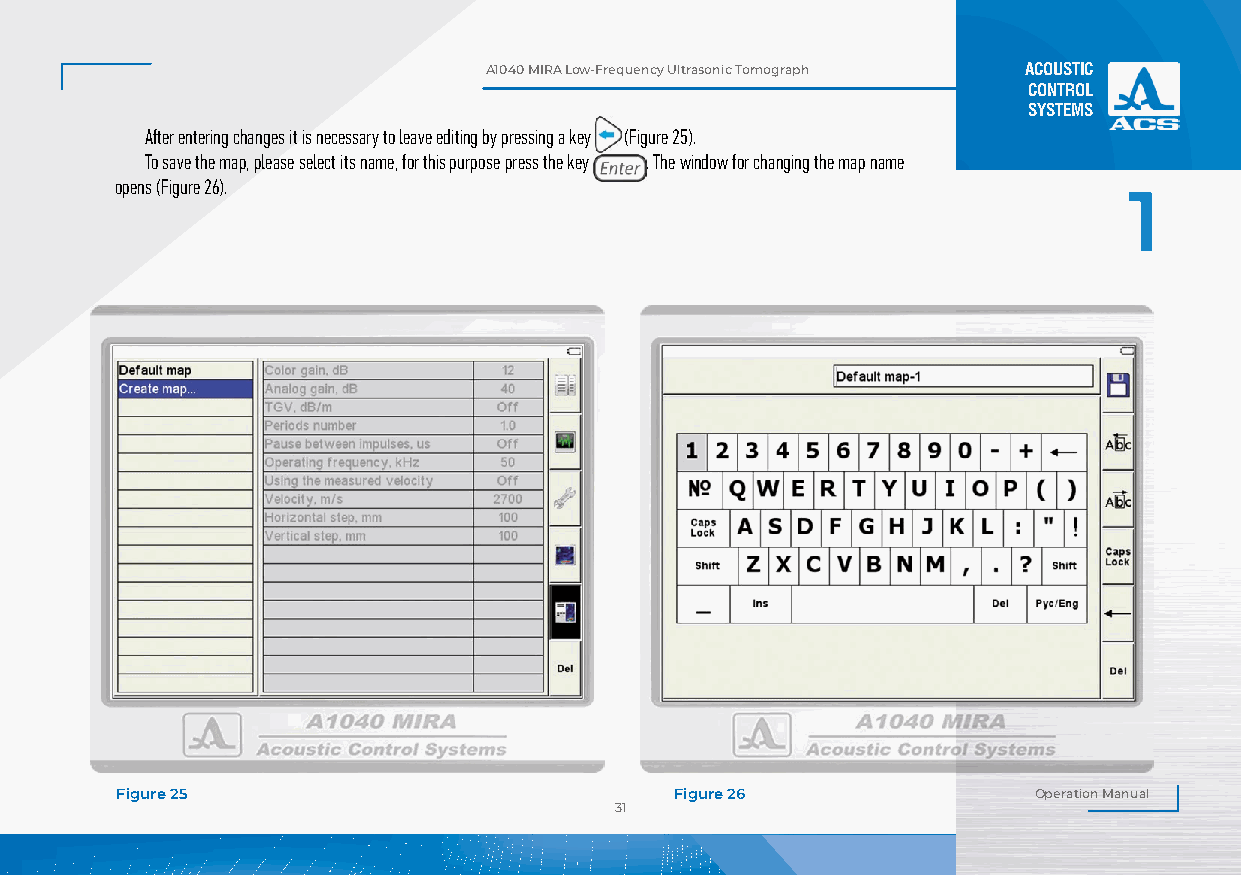
А1040 MIRA Low-Frequency Ultrasonic Tomograph ACOUSTIC
 CONTROL
 SYSTEMS
 After entering changes it is necessary to leave editing by pressing a key (Figure 25).
 To save the map, please select its name, for this purpose press the key . The window for changing the map name
 opens (Figure 26).
 1
 Figure 24 Figure 25                          Figure 26              Operation Manual
 31